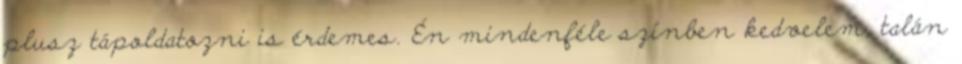
plusz tápoldatozni is érdemes. Én mindenféle színben kedvelem, talán